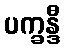
ပက္ခန္ဒီ